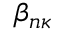
\beta _ { n \kappa }